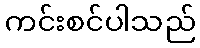
ကင်းစင်ပါသည်